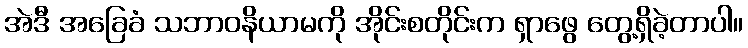
အဲဒီ အခြေခံ သဘာဝနိယာမကို အိုင်းစတိုင်းက ရှာဖွေ တွေ့ရှိခဲ့တာပါ။